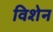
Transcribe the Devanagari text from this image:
विशेन